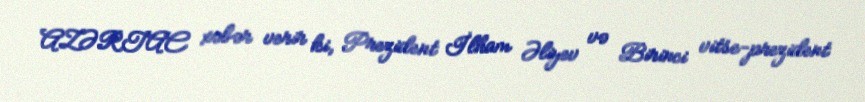
AZƏRTAC xəbər verir ki, Prezident İlham Əliyev və Birinci vitse-prezident